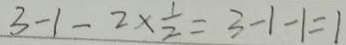
3 - 1 - 2 \times \frac { 1 } { 2 } = 3 - 1 - 1 = 1